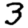
Digit: 3